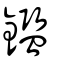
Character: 鑑